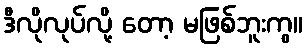
ဒီလိုလုပ်လို့ တော့ မဖြစ်ဘူးကွ။